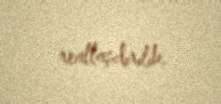
reallaşdırılıb.